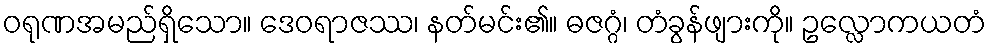
ဝရုဏအမည်ရှိသော။ ဒေဝရာဇဿ၊ နတ်မင်း၏။ ဓဇဂ္ဂံ၊ တံခွန်ဖျားကို။ ဥလ္လောကယတံ